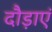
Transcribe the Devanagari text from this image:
दौड़ाएं